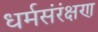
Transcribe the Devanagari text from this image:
धर्मसंरंक्षण